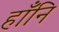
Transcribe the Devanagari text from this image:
हाँनि